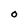
Character: o